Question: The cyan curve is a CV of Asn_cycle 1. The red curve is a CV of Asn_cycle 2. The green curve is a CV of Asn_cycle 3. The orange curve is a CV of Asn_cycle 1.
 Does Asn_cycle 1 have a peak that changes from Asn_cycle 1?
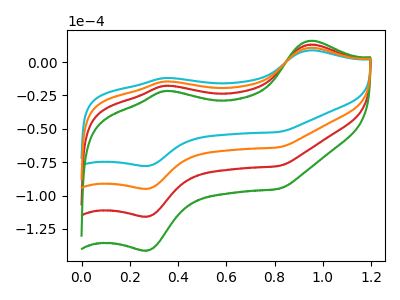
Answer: <think>The cyan curve "Asn_cycle 1" has anodic peaks at (0.95V, 8.80uA) (0.35V, -11.90uA) and cathodic peaks at (0.25V, -77.75uA) (0.80V, -52.35uA). The red curve "Asn_cycle 2" has anodic peaks at (0.95V, 21.50uA) (0.35V, -28.95uA) and cathodic peaks at (0.25V, -189.70uA) (0.80V, -127.65uA). The green curve "Asn_cycle 3" has anodic peaks at (0.95V, 32.25uA) (0.35V, -43.45uA) and cathodic peaks at (0.25V, -284.55uA) (0.80V, -191.50uA). The orange curve "Asn_cycle 1" has anodic peaks at (0.95V, 10.75uA) (0.35V, -14.50uA) and cathodic peaks at (0.25V, -94.85uA) (0.80V, -63.85uA).
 All the peaks in "Asn_cycle 1" have a peak in "Asn_cycle 1" at the same potential.</think>
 <answer>No, "Asn_cycle 1" and "Asn_cycle 1" don't appear to be significantly different in shape</answer>
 <eval>no_change</eval>